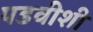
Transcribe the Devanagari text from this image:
पडवीशी